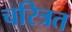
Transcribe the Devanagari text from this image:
चरित्रत